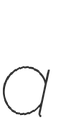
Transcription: a